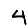
Digit: 4